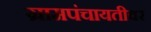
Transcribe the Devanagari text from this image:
ग्रामपंचायतीवर